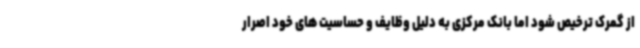
از گمرک ترخیص شود اما بانک مرکزی به دلیل وظایف و حساسیت های خود اصرار